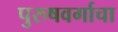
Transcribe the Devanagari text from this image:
पुरुषवर्गाचा